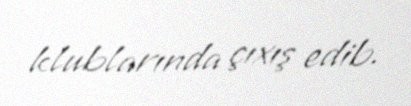
klublarında çıxış edib.